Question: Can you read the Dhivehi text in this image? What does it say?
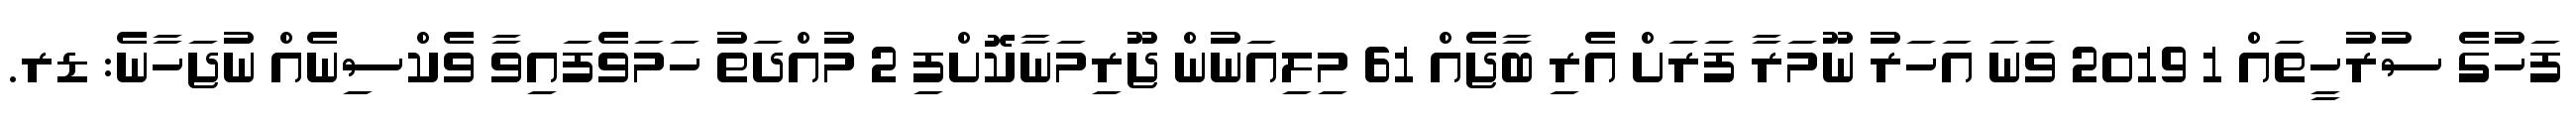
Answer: ފަހުގެ ސުރުހީތައް 1 2019 ވަނަ އަހަރު ނޫމަރާ ފަރަށް އެރި ބާޖެއް 61 މިލިއަނުން ޖޫރިމަނާކޮށްފި 2 މުއްދަތު ހަމަވެފައިވާ ވެކްސިނެއް ނުޖަހާނެ: ޑރ.